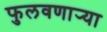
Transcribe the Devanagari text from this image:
फुलवणार्‍या